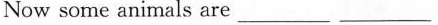
Now some animals are___ ___